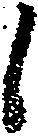
候